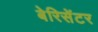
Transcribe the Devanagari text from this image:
बेरिसेंटर